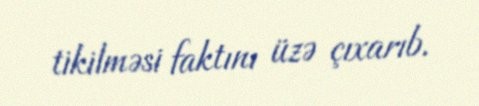
tikilməsi faktını üzə çıxarıb.